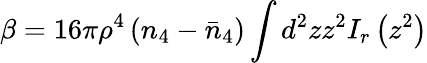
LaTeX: \beta=16\pi\rho^{4}\left(n_{4}-\bar{n}_{4}\right)\int d^{2}zz^{2}I_{r}\left(z^{2}\right)